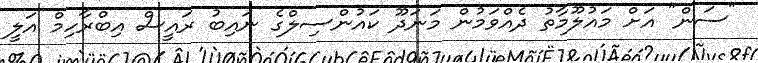
"ސަން" އަށް މައުލޫމާތު ދެއްވަމުން މަނަދޫ ކައުންސިލްގެ ނައިބު ރައީސް އިބްރާހިމް އަލީ